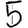
Digit: 5